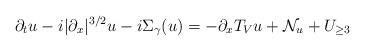
LaTeX: \begin{align*}\partial_t u & - i |\partial_x|^{3/2} u - i \Sigma_\gamma (u) = - \partial_x T_V u + \mathcal{N}_u + U_{\geq 3}\end{align*}